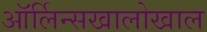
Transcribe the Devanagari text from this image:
ऑर्लिन्सखालोखाल